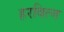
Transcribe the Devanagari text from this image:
हरवित्ज